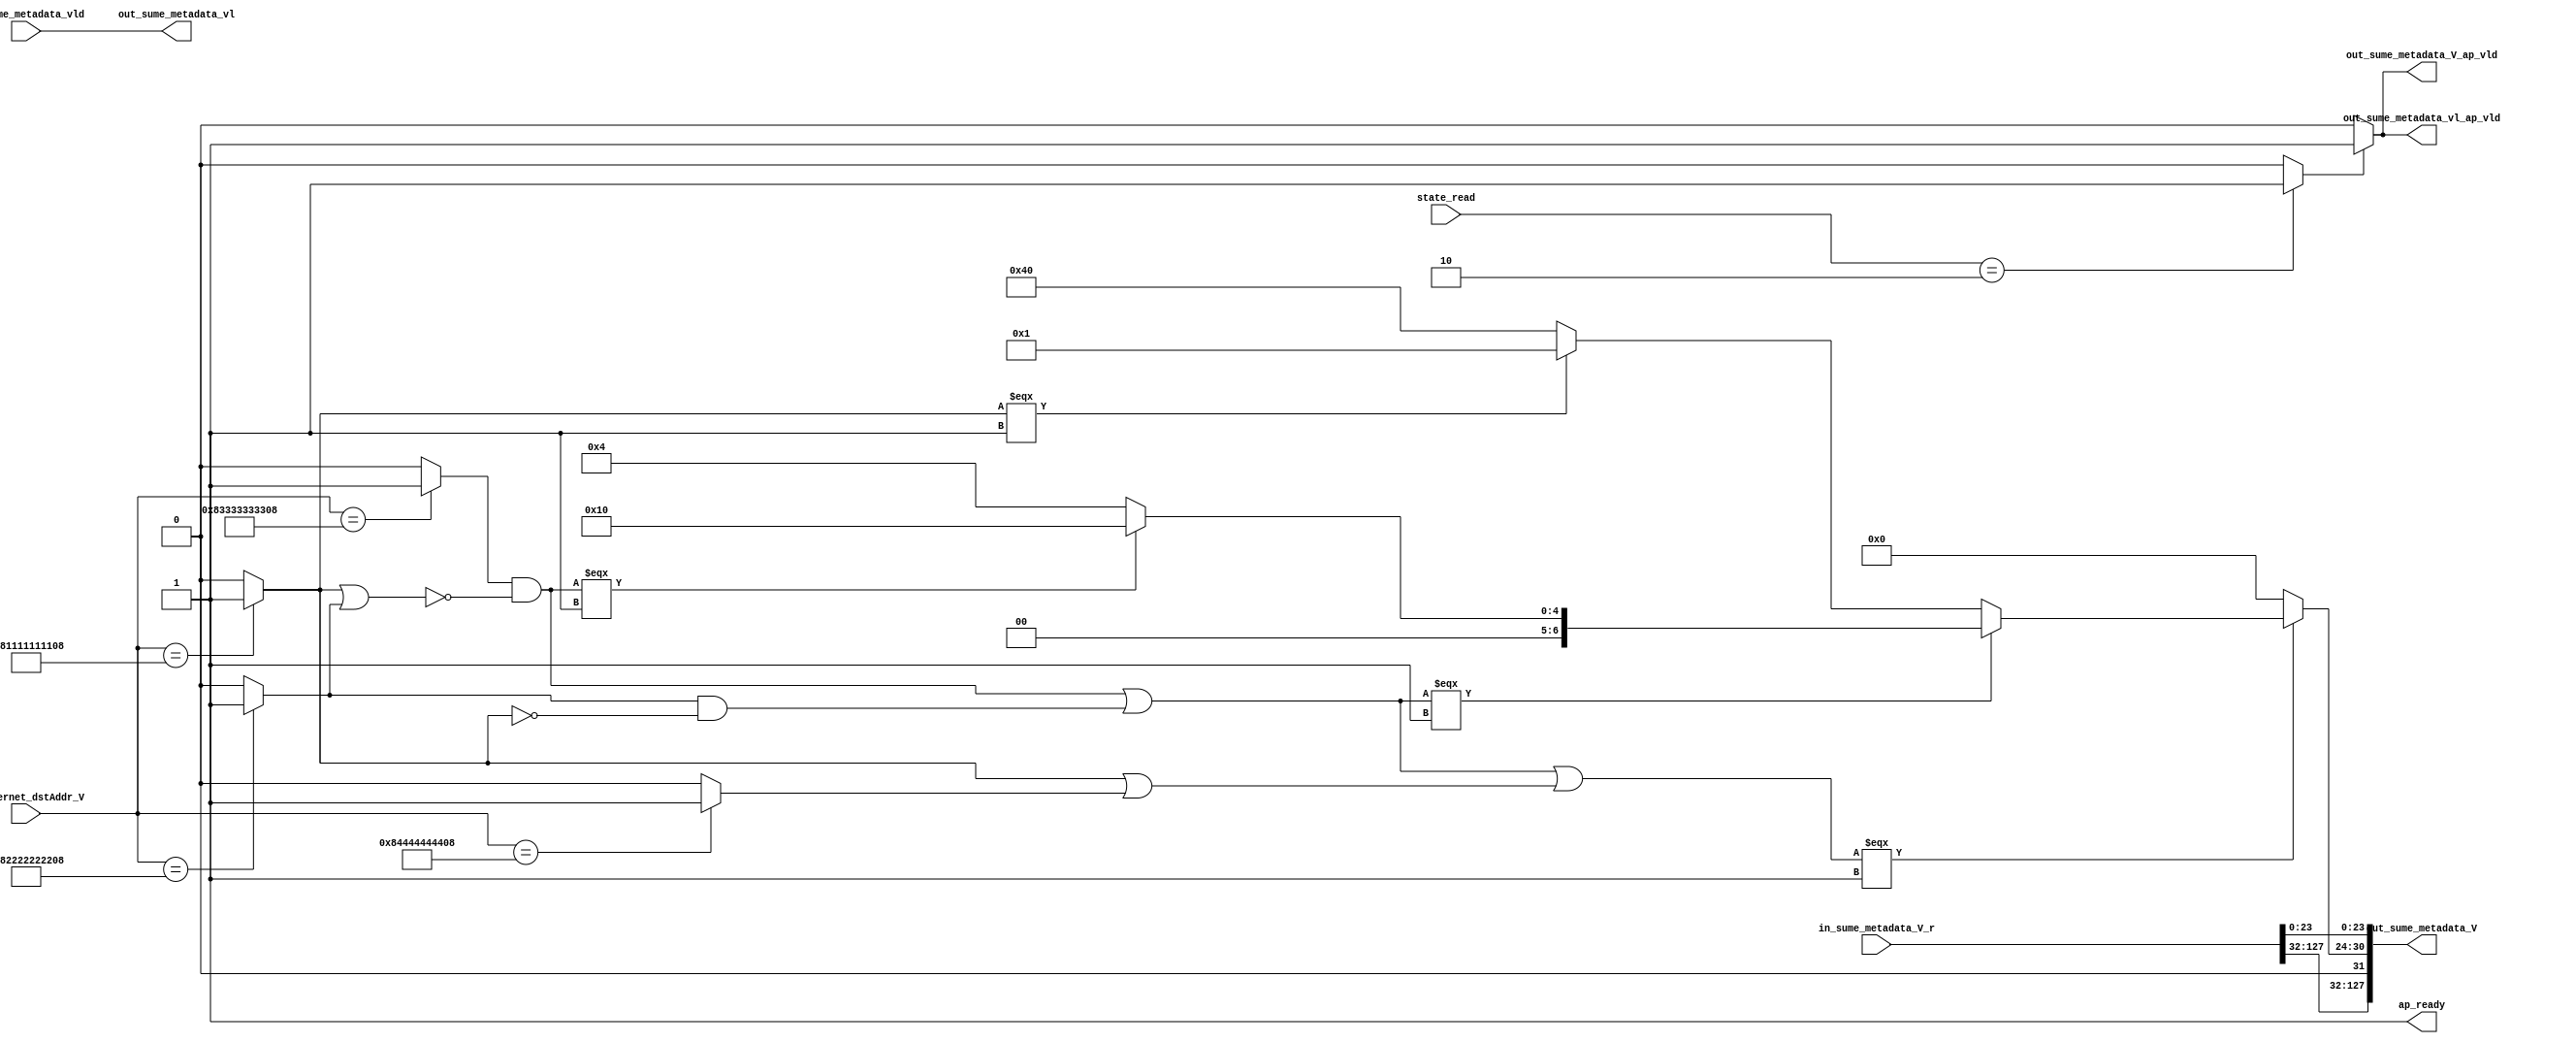
// ==============================================================
// RTL generated by Vivado(TM) HLS - High-Level Synthesis from C, C++ and SystemC
// Version: 2018.2
// Copyright (C) 1986-2018 Xilinx, Inc. All Rights Reserved.
// 
// ===========================================================

`timescale 1 ns / 1 ps 

module Pipeline (
        ap_ready,
        state_read,
        p_ethernet_dstAddr_V,
        in_sume_metadata_vld,
        in_sume_metadata_V_r,
        out_sume_metadata_vl,
        out_sume_metadata_vl_ap_vld,
        out_sume_metadata_V,
        out_sume_metadata_V_ap_vld
);


output   ap_ready;
input  [2:0] state_read;
input  [47:0] p_ethernet_dstAddr_V;
input  [0:0] in_sume_metadata_vld;
input  [127:0] in_sume_metadata_V_r;
output  [0:0] out_sume_metadata_vl;
output   out_sume_metadata_vl_ap_vld;
output  [127:0] out_sume_metadata_V;
output   out_sume_metadata_V_ap_vld;

reg out_sume_metadata_vl_ap_vld;
reg out_sume_metadata_V_ap_vld;

wire   [0:0] tmp_4_fu_101_p2;
wire   [0:0] tmp_i_fu_107_p2;
wire   [0:0] tmp_1_i_fu_113_p2;
wire   [0:0] sel_tmp1_fu_131_p2;
wire   [0:0] sel_tmp6_demorgan_fu_143_p2;
wire   [0:0] tmp_2_i_fu_119_p2;
wire   [0:0] sel_tmp6_fu_149_p2;
wire   [0:0] sel_tmp7_fu_155_p2;
wire   [0:0] sel_tmp2_fu_137_p2;
wire   [0:0] tmp_3_i_fu_125_p2;
wire   [0:0] or_cond_fu_169_p2;
wire   [6:0] newSel_cast_cast_fu_161_p3;
wire   [6:0] newSel9_fu_175_p3;
wire   [0:0] or_cond1_fu_183_p2;
wire   [0:0] or_cond2_fu_197_p2;
wire   [6:0] newSel_fu_189_p3;
wire   [6:0] dst_port_V_fu_203_p3;
wire   [7:0] newSel13_cast_fu_211_p1;

always @ (*) begin
    if ((tmp_4_fu_101_p2 == 1'd1)) begin
        out_sume_metadata_V_ap_vld = 1'b1;
    end else begin
        out_sume_metadata_V_ap_vld = 1'b0;
    end
end

always @ (*) begin
    if ((tmp_4_fu_101_p2 == 1'd1)) begin
        out_sume_metadata_vl_ap_vld = 1'b1;
    end else begin
        out_sume_metadata_vl_ap_vld = 1'b0;
    end
end

assign ap_ready = 1'b1;

assign dst_port_V_fu_203_p3 = ((or_cond2_fu_197_p2[0:0] === 1'b1) ? newSel_fu_189_p3 : 7'd0);

assign newSel13_cast_fu_211_p1 = dst_port_V_fu_203_p3;

assign newSel9_fu_175_p3 = ((tmp_i_fu_107_p2[0:0] === 1'b1) ? 7'd1 : 7'd64);

assign newSel_cast_cast_fu_161_p3 = ((sel_tmp7_fu_155_p2[0:0] === 1'b1) ? 7'd16 : 7'd4);

assign newSel_fu_189_p3 = ((or_cond_fu_169_p2[0:0] === 1'b1) ? newSel_cast_cast_fu_161_p3 : newSel9_fu_175_p3);

assign or_cond1_fu_183_p2 = (tmp_i_fu_107_p2 | tmp_3_i_fu_125_p2);

assign or_cond2_fu_197_p2 = (or_cond_fu_169_p2 | or_cond1_fu_183_p2);

assign or_cond_fu_169_p2 = (sel_tmp7_fu_155_p2 | sel_tmp2_fu_137_p2);

assign out_sume_metadata_V = {{in_sume_metadata_V_r[127:32]}, {newSel13_cast_fu_211_p1}, {in_sume_metadata_V_r[23:0]}};

assign out_sume_metadata_vl = in_sume_metadata_vld;

assign sel_tmp1_fu_131_p2 = (tmp_i_fu_107_p2 ^ 1'd1);

assign sel_tmp2_fu_137_p2 = (tmp_1_i_fu_113_p2 & sel_tmp1_fu_131_p2);

assign sel_tmp6_demorgan_fu_143_p2 = (tmp_i_fu_107_p2 | tmp_1_i_fu_113_p2);

assign sel_tmp6_fu_149_p2 = (sel_tmp6_demorgan_fu_143_p2 ^ 1'd1);

assign sel_tmp7_fu_155_p2 = (tmp_2_i_fu_119_p2 & sel_tmp6_fu_149_p2);

assign tmp_1_i_fu_113_p2 = ((p_ethernet_dstAddr_V == 48'd8942694572552) ? 1'b1 : 1'b0);

assign tmp_2_i_fu_119_p2 = ((p_ethernet_dstAddr_V == 48'd9015995347720) ? 1'b1 : 1'b0);

assign tmp_3_i_fu_125_p2 = ((p_ethernet_dstAddr_V == 48'd9089296122888) ? 1'b1 : 1'b0);

assign tmp_4_fu_101_p2 = ((state_read == 3'd2) ? 1'b1 : 1'b0);

assign tmp_i_fu_107_p2 = ((p_ethernet_dstAddr_V == 48'd8869393797384) ? 1'b1 : 1'b0);

endmodule //Pipeline